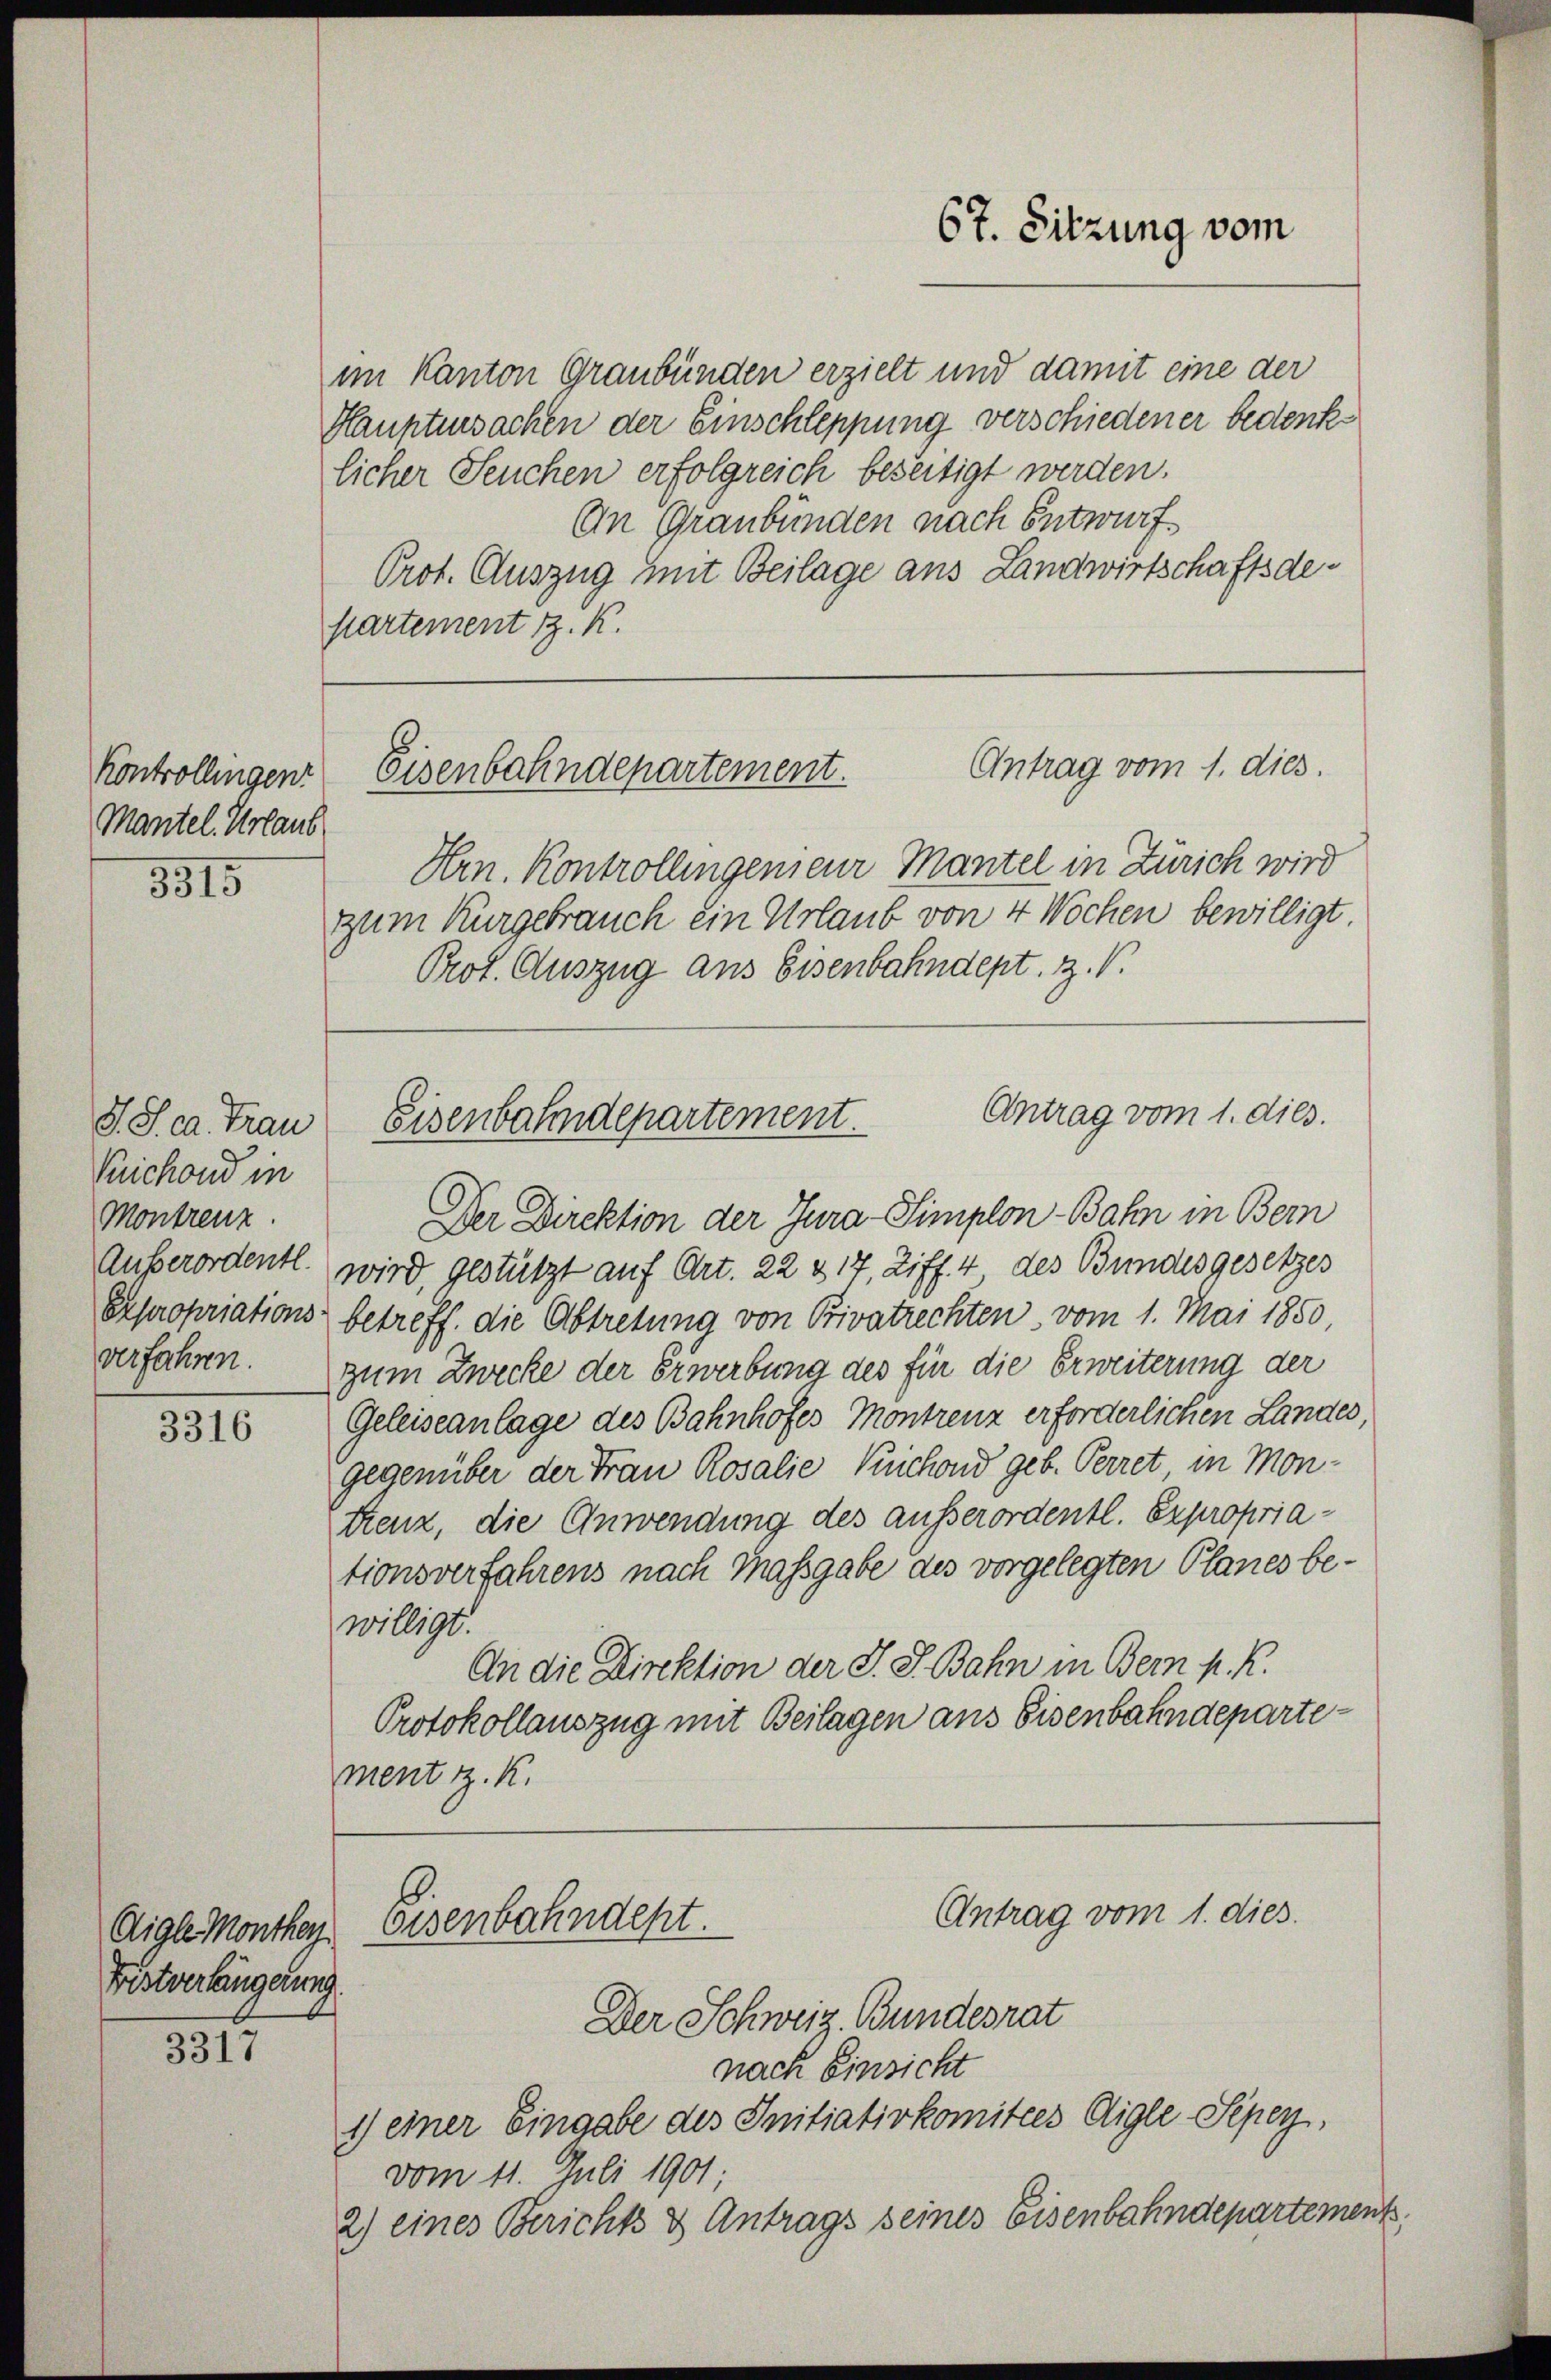
Kontrollingen
Mantel. Urlaub

3315

S. S. ca. Trau
Puichond in
Montrenz.
Ausserordentl.
Expropriations
verfahren.

3316

Fristverlängerung.

3317

im Kanton Graubünden erzielt und damit eine der
Hauptsachen der Einschleppung verschiedener bedenklicher Seuchen erfolgreich beseitigt werden.
An Graubünden nach Entwurf.
Prot. Auszug mit Beilage aus Landwirtschaftsdeptartement J. K.

E
Antrag vom 1. dies.
oisenbahndepartement.

Eisenbahndepartement.

Aigle Monthey Eisenbahndept.

67. Sitzung vom

Hrn. Kontrollingenieur Mantel in Zürich wird
zum Kurgebrauch ein Urlaub von 4 Wochen bewilligt.
Prot. Auszug aus Eisenbahndept. Z. V.
Antrag vom 1. dies.
Der Direktion der Jura-Simplon-Bahn in Bern
wird, gestützt auf Art. 22 & 17, Ziff. 4 des Bundesgesetzes
betreff. die Abtretung von Bivatrechten vom 1. Mai 1850,
zum Zwecke der Erwerbung des für die Erweiterung der
Geleiseanlage des Bahnhofes Montrenz erforderlichen Landes,
gegenüber der Frau Rosalie Krichond geb. Perret in Montrenz, die Anwendung des außerordentl. Expropriationsverfahrens nach Massgabe des vorgelegten Planes bewilligt.
An die Direktion der J. J. Bahn in Bern k. k.
Protokollauszug mit Beilagen aus Eisenbahndepartement z. K.

Antrag vom 1. dies.

Der Schweiz. Bundesrat
nach Einsicht
1) einer Eingabe des Initiativkomitees Aigle Sepey,
vom 11. Juli 1901;
2) eines Berichts & Antrags seines Eisenbahndepartement